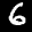
Label: 6